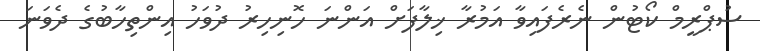
ސުޕްރީމް ކޯޓުން ނެރެފައިވާ އަމުރާ ޚިލާފަށް އަންނަ ހޮނިހިރު ދުވަހު އިންތިހާބުގެ ދެވަނަ